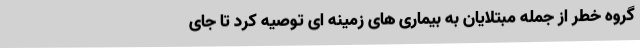
گروه خطر از جمله مبتلایان به بیماری های زمینه ای توصیه کرد تا جای